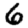
Digit: 6